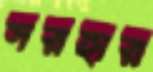
সরহার